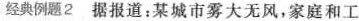
经典例题2据报道：某城市雾大无风，家庭和工